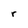
Character: r